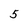
Character: 5